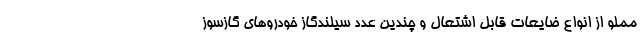
مملو از انواع ضایعات قابل اشتعال و چندین عدد سیلندگاز خودروهای گازسوز